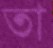
তা